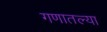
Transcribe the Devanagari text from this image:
गणातल्या